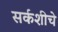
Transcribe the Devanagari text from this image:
सर्कशीचे